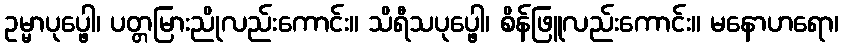
ဥမ္မာပုပ္ဖေါ၊ ပတ္တမြားညိုလည်းကောင်း။ သိရီသပုပ္ဖေါ၊ စိန်ဖြူလည်းကောင်း။ မနောဟရော၊